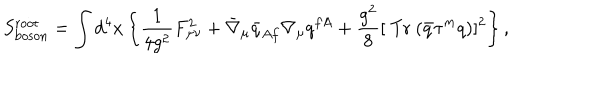
S _ { \mathrm { b o s o n } } ^ { \mathrm { r o o t } } = \int d ^ { 4 } x \left\{ \frac 1 { 4 g ^ { 2 } } F _ { \mu \nu } ^ { 2 } + \bar { \nabla } _ { \mu } \bar { q } _ { A f } \nabla _ { \mu } q ^ { f A } + \frac { g ^ { 2 } } 8 [ \mathrm { ~ T r ~ } ( \bar { q } \tau ^ { m } q ) ] ^ { 2 } \right\} ,